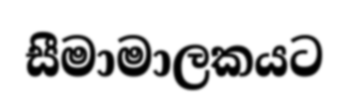
සීමාමාලකයට